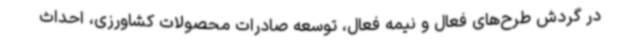
در گردش طرح‌های فعال و نیمه فعال، توسعه صادرات محصولات کشاورزی، احداث